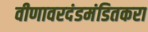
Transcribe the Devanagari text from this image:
वीणावरदंडमंडितकरा